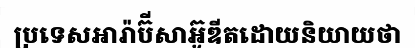
ប្រទេសអារ៉ាប៊ីសាអ៊ូឌីតដោយនិយាយថា